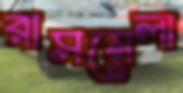
রাসমেলা